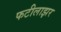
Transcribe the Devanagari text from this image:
फटीलाझर